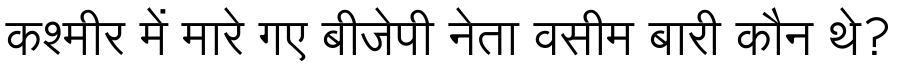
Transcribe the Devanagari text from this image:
कश्मीर में मारे गए बीजेपी नेता वसीम बारी कौन थे?